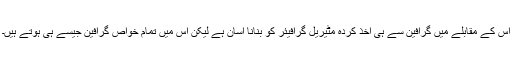
اس کے مقابلے میں گرافین سے ہی اخذ کردہ مٹیریل گرافیئر کو بنانا آسان ہے لیکن اس میں تمام خواص گرافین جیسے ہی ہوتے ہیں۔